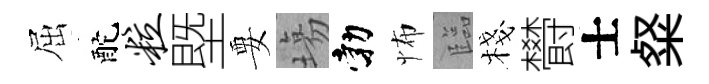
屈酡粒塈要塲勃怖臨棧欎士粲